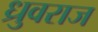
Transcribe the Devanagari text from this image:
ध्रुवराज